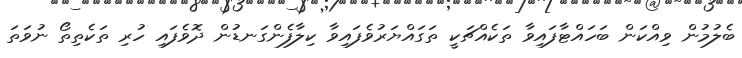
ބެލުމުން ވިއްކަން ބަހައްޓާފައިވާ ތަކެއްޗަކީ ތަގައްޔަރުވެފައިވާ ކިިލާފެންގަނޑުން ދޮވެފައި ހުރި ތަކެތިތޯ ނުވަތަ